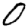
Digit: 0